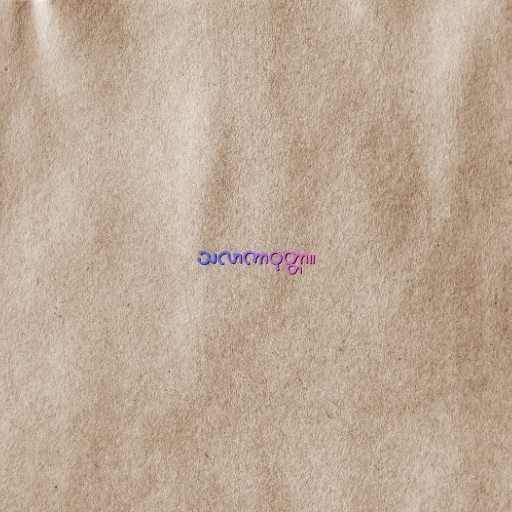
သလာကာဝုတ္တာ။